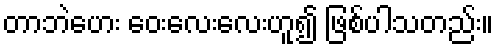
တာဘဲဟေး ဝေးလေးလေးဟူ၍ ဖြစ်ပါသတည်း။